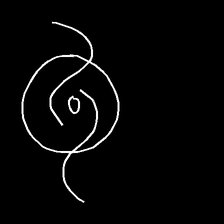
Glyph: repetition